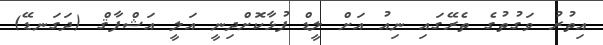
އިތުރު ވަގުތުގެ ތެރޭގައި ނިއު އަށް ލީޑް ފުޅާކޮށްދިނީ އަލީ އަޝްފާޤް (ދަގަނޑޭ)